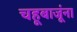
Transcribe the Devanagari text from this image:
चहूबाजूंना